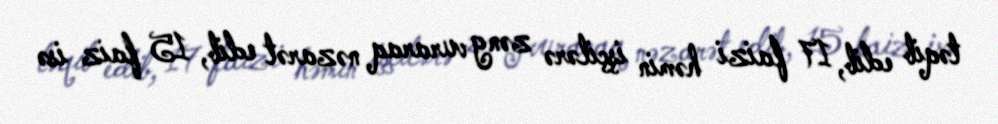
təqib edib, 17 faizi həmin işçilərə zəng vuraraq nəzarət edib, 15 faiz isə